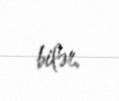
bilər.